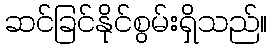
ဆင်ခြင်နိုင်စွမ်းရှိသည်။